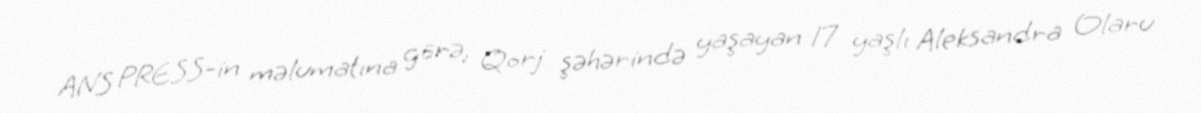
ANS PRESS-in məlumatına görə, Qorj şəhərində yaşayan 17 yaşlı Aleksandra Olaru